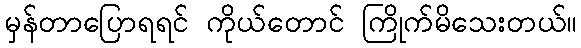
မှန်တာပြောရရင် ကိုယ်တောင် ကြိုက်မိသေးတယ်။